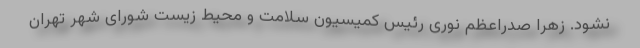
نشود. زهرا صدراعظم نوری رئیس کمیسیون سلامت و محیط زیست شورای شهر تهران